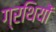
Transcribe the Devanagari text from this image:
ग्रथियों